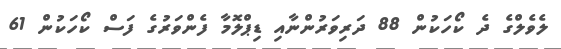
ލެވެލްގެ ދެ ކޯހަކުން 88 ދަރިވަރުންނާއި ޑިޕްލޮމާ ފެންވަރުގެ ފަސް ކޯހަކުން 61